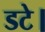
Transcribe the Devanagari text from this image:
डटे।